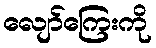
လျော်ကြေးကို